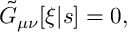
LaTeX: \tilde { G } _ { \mu \nu } [ \xi | s ] = 0 ,